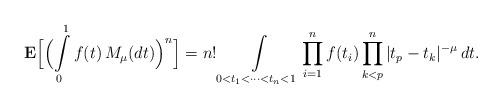
LaTeX: \begin{align*}{\bf E}\Bigl[\Bigl(\int\limits_0^1 f(t)\,M_\mu(dt)\Bigr)^n\Bigr] = n!\int\limits_{0<t_1<\cdots<t_n<1} \prod\limits_{i=1}^n f(t_i)\prod\limits_{k<p}^n |t_p-t_k|^{-\mu}\,dt.\end{align*}